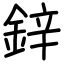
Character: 鋅